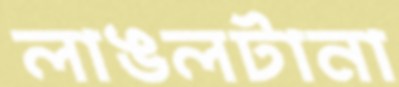
লাঙলটানা